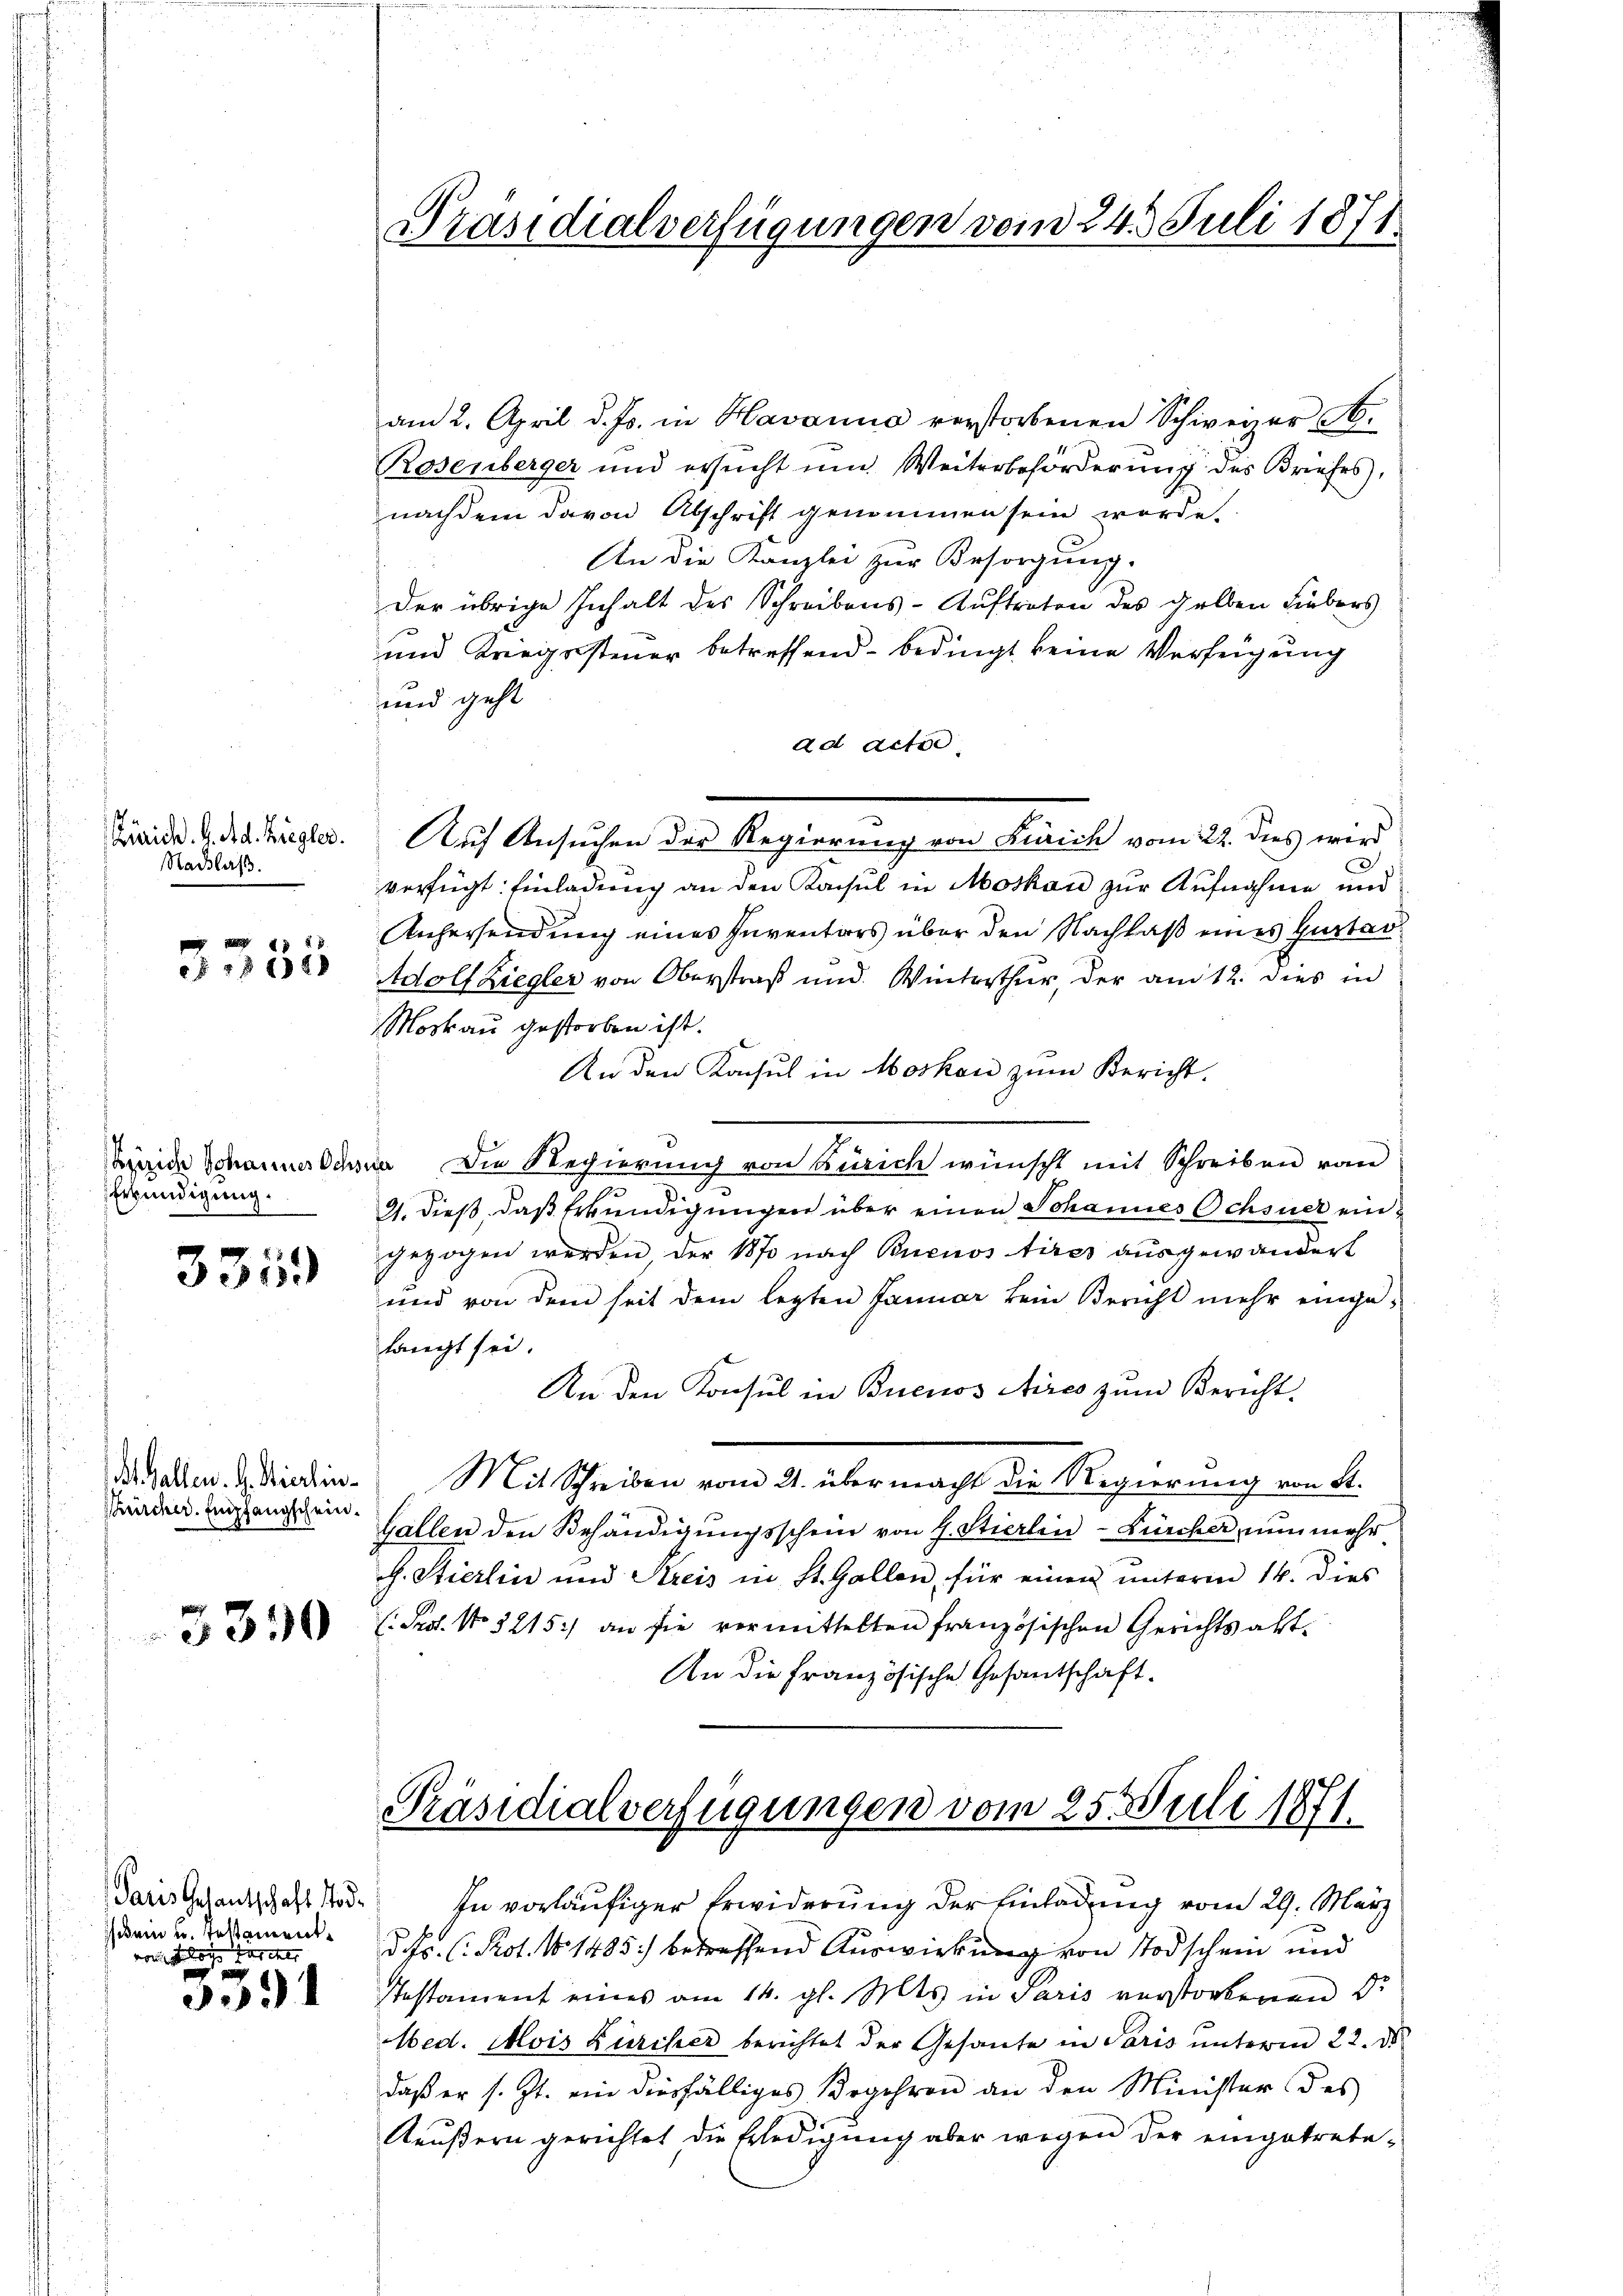
Zürich. A. Ad. Ziegler.
Nachlaß.

3335

Erkundigung.

335)

A. Gallen. H. Vierlin¬
Bürcher. Empfangschein.

3350

Paris Gesantschaft Tod¬
(kein u. Testamentvon doch erint

5391

Präsidialverfügungen vom 24. Juli 1871

am 2. April d. Js. in Havanna verstorbenen Schweizer A.
Rosenberger und ersucht um Weiterbeförderung des Briefes,
nachdem davon Abschrift genommen sein werde.
An die Kanzlei zur Besorgung.
Der übrige Inhalt des Schreibens- Auftreten des gelben Liebers
und Kriegssteuer betreffend bedingt keine Verfügung
und geht
ad actio
Auf Ansuchen der Regierung von Zürich vom 22. dies wird
verfügt: Einladung an den Konsul in Moskau zur Aufnahme und
Anhersendung eines Inventars über den Nachlaß eines Gustar¬
Adolf Ziegler von Oberstraß und Winterthur, der am 12. dies in
Moskau gestorben ist.
An den Konsul in Moskau zum Bericht.
hinige Schanner Schöne Die Regierung von Zürich wünscht mit Schreiben vom
9. dieß, daß Erkundigungen über einen Johannes Ochsner eingezogen werden der 1870 nach Buenos Aires ausgewandert
und von dem seit dem lezten Januar kein Bericht mehr eingelangt sei.
An den Konsul in Buenos Aires zŭm Bericht
Mit Schreiben vom 21. übermacht die Regierung von St.
Gallen den Behändigŭngsschein von 4. Stierlin-Zürcher nunmehr
h. Stierlin und Kreis in St. Gallen, für einen unterm 14. dies
(: Prof. No 3215) an sie vormittelten französischen Gerichtsakt¬
An die Französische Gesantschaft.

Präsidialverfügungen vom 25. Juli 1871.

In vorläufiger Erwiderung der Einladung vom 29. März
d. Fr. (Pot. 101485) betreffend Auswirkung von Todschein und
Pestament eines am 14. gl. Mts. in Paris verstorbenen Dr.
Med. Alois Zürcher berichtet der Gesante in Paris unterm 22. ds.
daß er s. Zt. ein diesfälliges Begehren an den Minister des
Aeußern gerichtet die Erledigung aber wegen der eingetrete¬